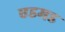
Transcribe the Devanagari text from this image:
एडमड